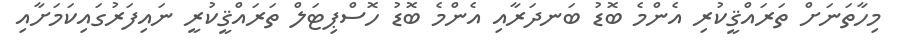
މިހާތަނަށް ތަރައްޤީކުރި އެންމެ ބޮޑު ބަނދަރާއި އެންމެ ބޮޑު ހޮސްޕިޓަލް ތަރައްޤީކުރީ ނައިފަރުގައިކަމަށާއި